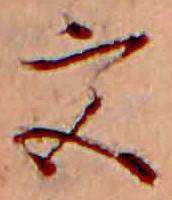
宮